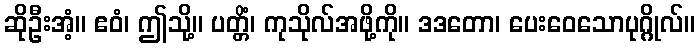
ဆိုဦးအံ့။ ဧဝံ၊ ဤသို့။ ပတ္တိံ၊ ကုသိုလ်အဖို့ကို။ ဒဒတော၊ ပေးဝေသောပုဂ္ဂိုလ်။